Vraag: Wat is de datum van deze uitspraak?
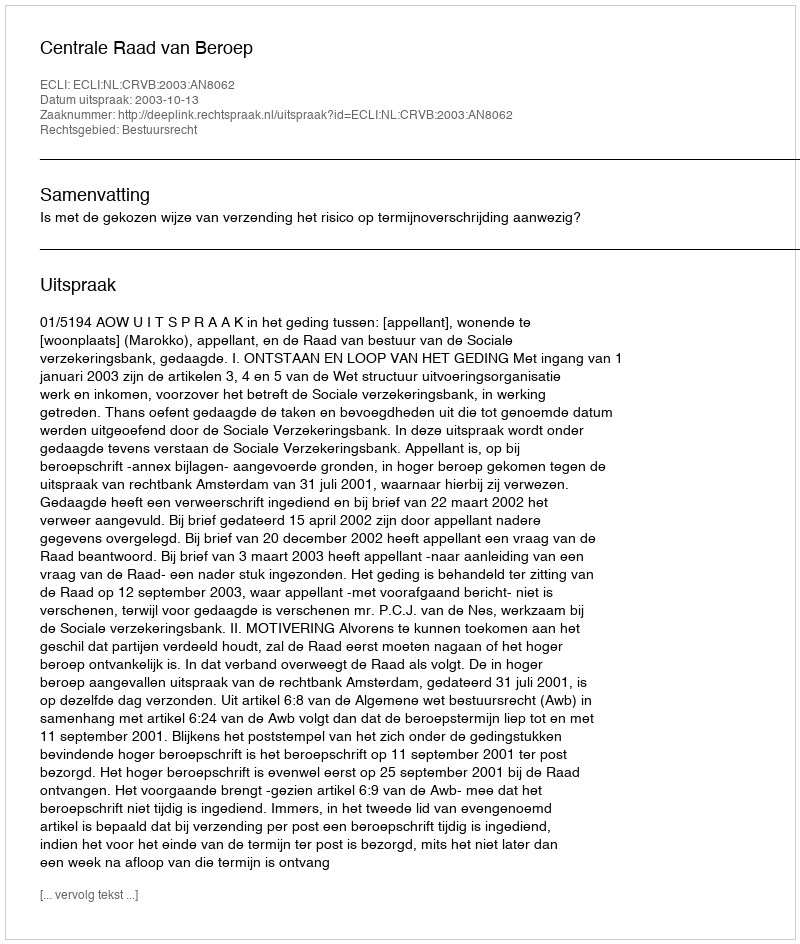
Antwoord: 2003-10-13